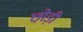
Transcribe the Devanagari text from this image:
छो़ड़ी